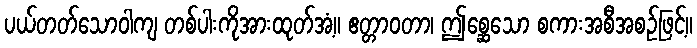
ပယ်တတ်သောဝါကျ တစ်ပါးကိုအားထုတ်အံ့။ ဧတ္တာဝတာ၊ ဤစ္ဆေသော စကားအစီအစဉ်ဖြင့်။